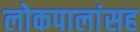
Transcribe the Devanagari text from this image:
लोकपालांसह